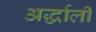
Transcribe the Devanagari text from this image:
अर्द्धाली